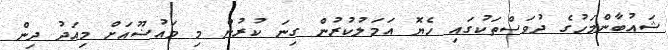
ޝައުބާންމަހުގެ ދުވަސްތަކުގައި ހެޔޮ އަމަލުކުރުން ގިނަ ކުރުން މި މައުޟޫއަށް މިއަދު ދިން